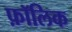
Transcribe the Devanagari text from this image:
फ़ॉलिक